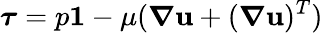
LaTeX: \boldsymbol{\tau}=p\mathbf{1}-\mu(\boldsymbol{\nabla}\mathbf{u}+(\boldsymbol{\nabla}\mathbf{u})^{T})